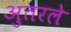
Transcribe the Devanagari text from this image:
अुतरले